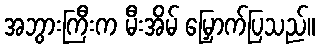
အဘွားကြီးက မီးအိမ် မြှောက်ပြသည်။